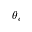
\theta _ { c }